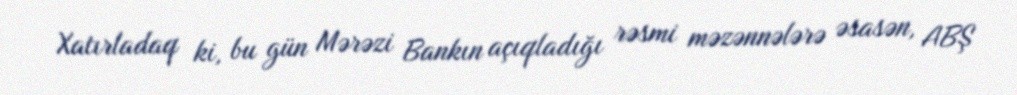
Xatırladaq ki, bu gün Mərəzi Bankın açıqladığı rəsmi məzənnələrə əsasən, ABŞ